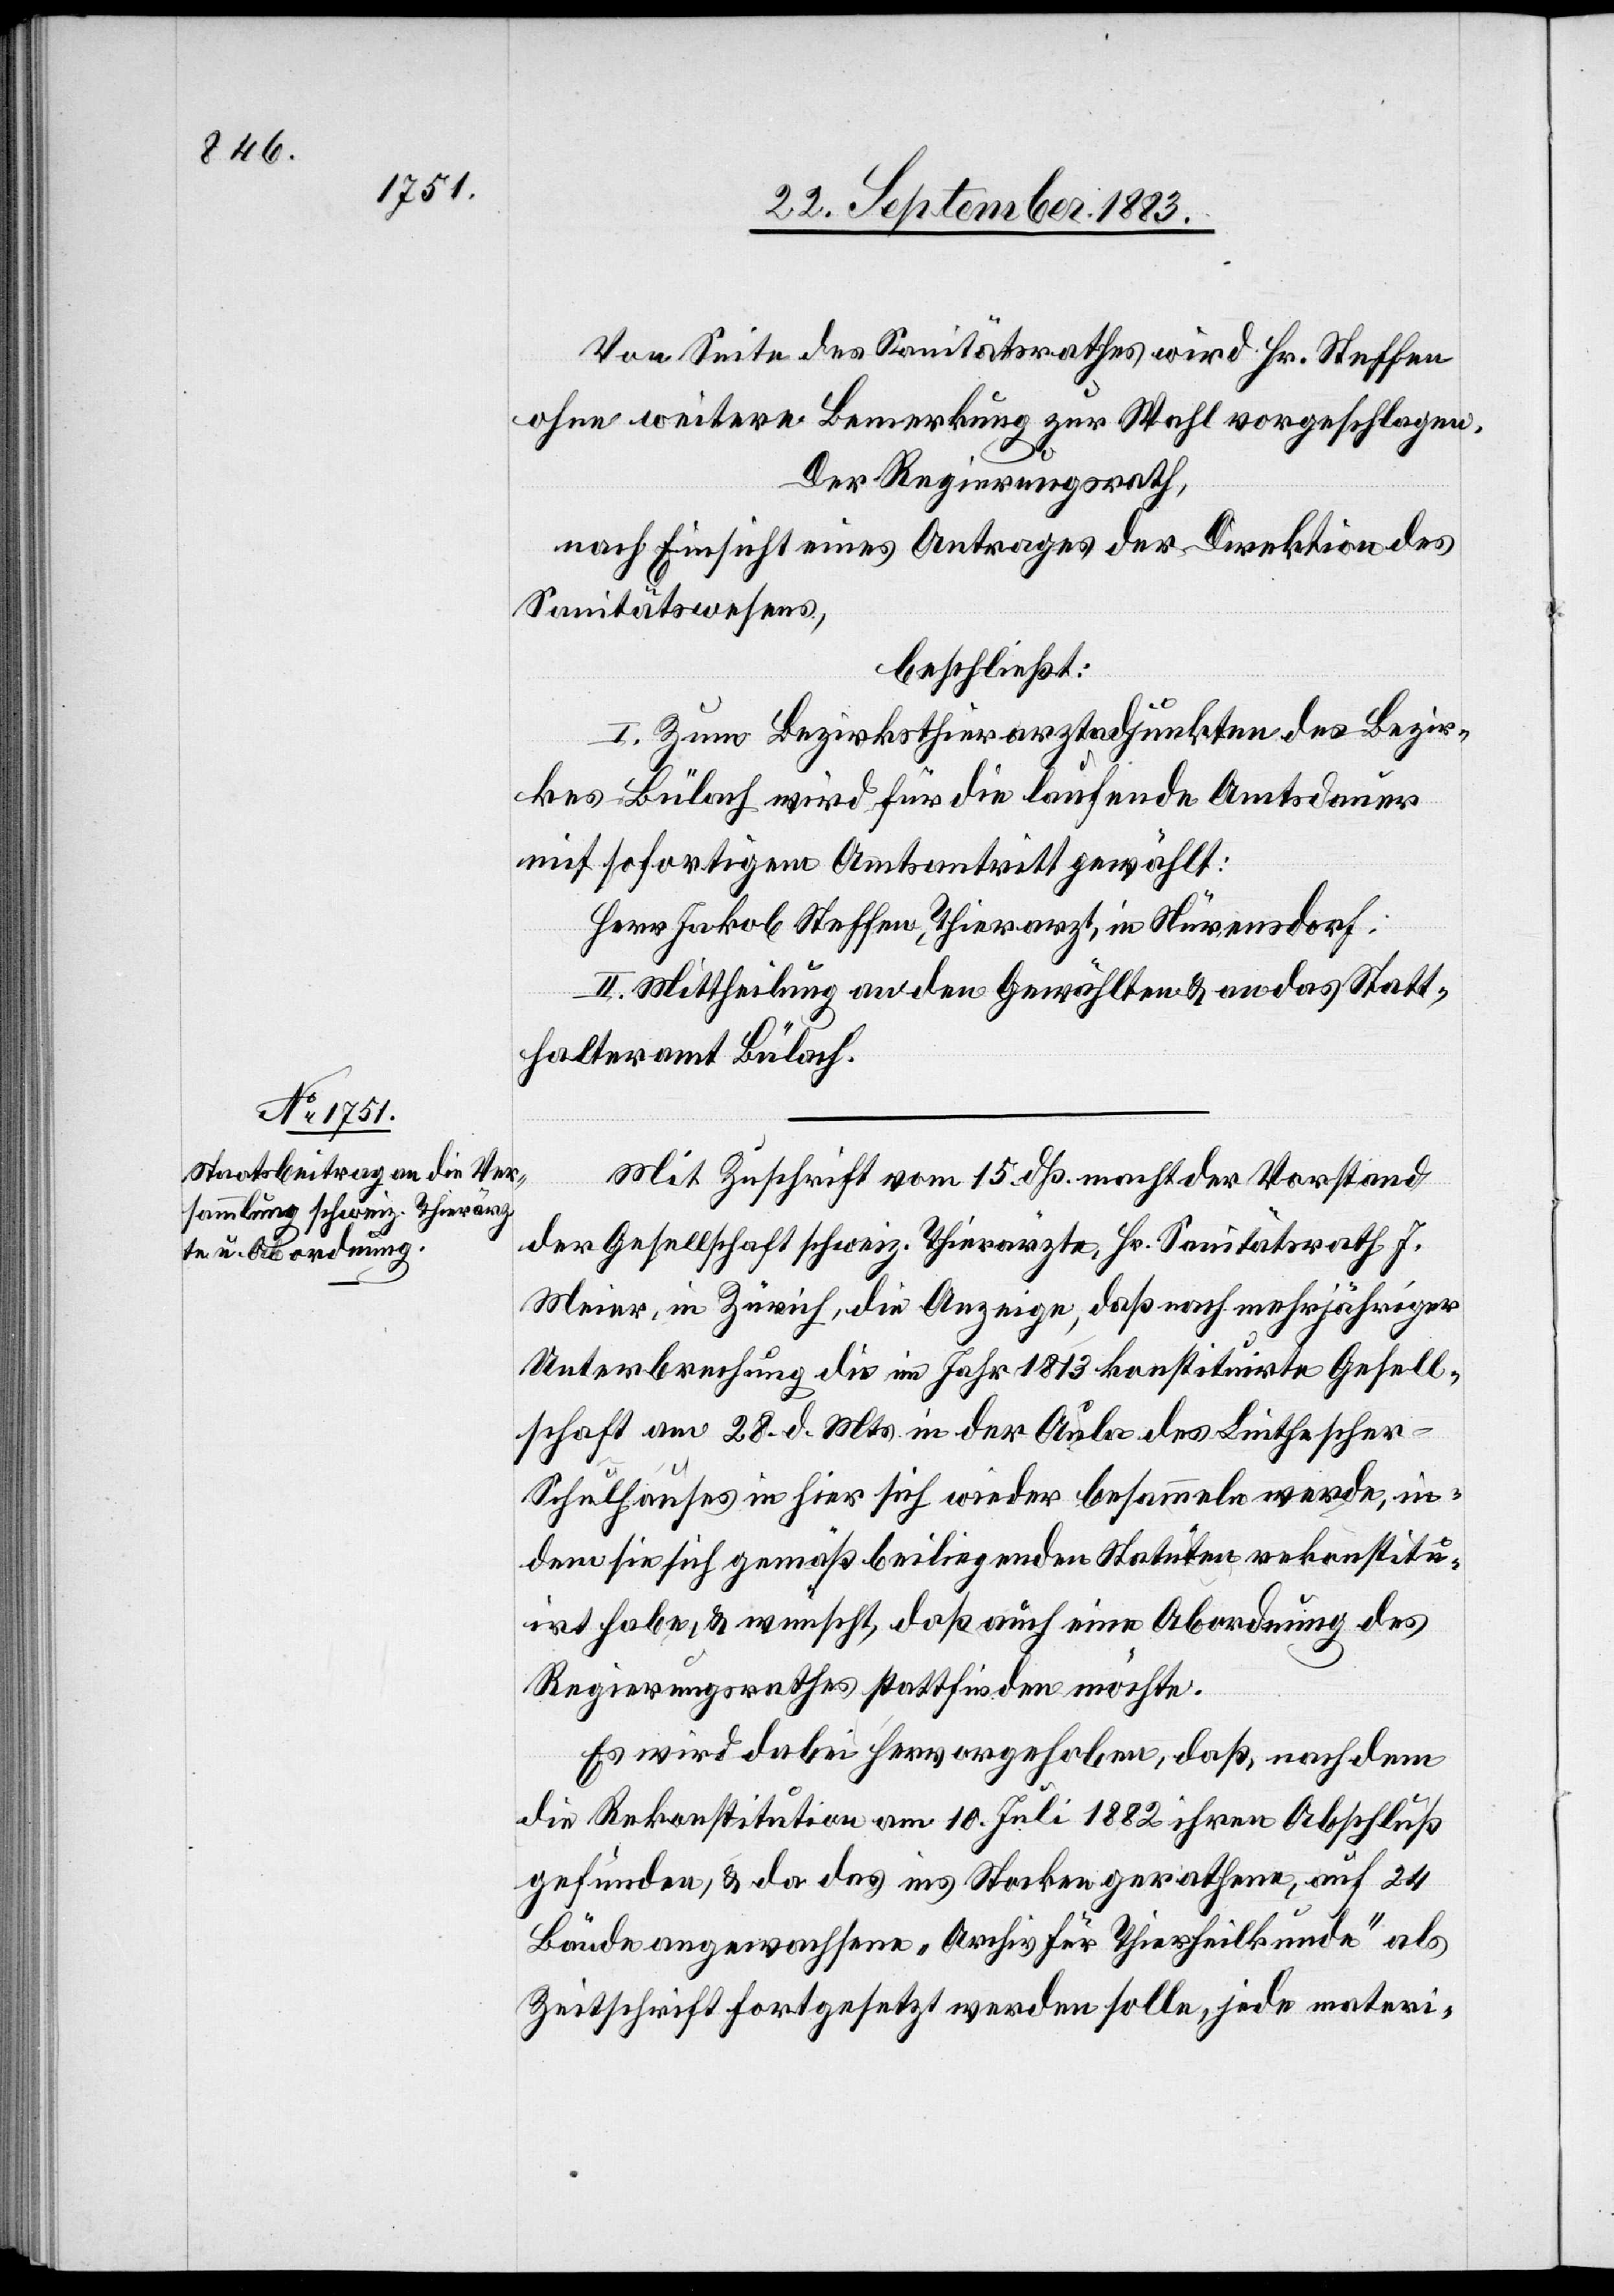
Von Seite des Sanitätsrathes wird Hr. Steffen
ohne weitere Bemerkung zur Wahl vorgeschlagen.
Der Regierungsrath,
nach Einsicht eines Antrages der Direktion des
Sanitätswesens,
beschließt:
I. Zum Bezirksthierarztadjunkten des Bezir¬
kes Bülach wird für die laufende Amtsdauer
mit sofortigem Amtsantritt gewählt:
Herr Jakob Steffen, Thierarzt, in Nürensdorf.
II. Mittheilung an den Gewählten & an das Statt¬
halteramt Bülach.
Mit Zuschrift vom 15. dß. macht der Vorstand
der Gesellschaft schweiz. Thierärzte, Hr. Sanitätsrath J.
Meier, in Zürich, die Anzeige, daß nach mehrjähriger
Unterbrechung die im Jahr 1813 konstituirte Gesell¬
schaft am 28. d. Mts. in der Aula des Lithesche¬
r-Schulhauses in hier sich wieder besammeln werde, in¬
dem sie sich gemäß beiliegenden Statuten rekonstitu¬
irt habe, & wünscht, daß auch eine Abordnung des
Regierungsrathes stattfinden möchte.
Es wird dabei hervorgehoben, daß, nachdem
die Rekonstitution am 10. Juli 1882 ihren Abschluß
gefunden, & da das ins Stocken gerathene, auf 24
Bände angewachsene „Archiv für Thierheilkunde“ als
Zeitschrift fortgesetzt werden solle, jede materi-